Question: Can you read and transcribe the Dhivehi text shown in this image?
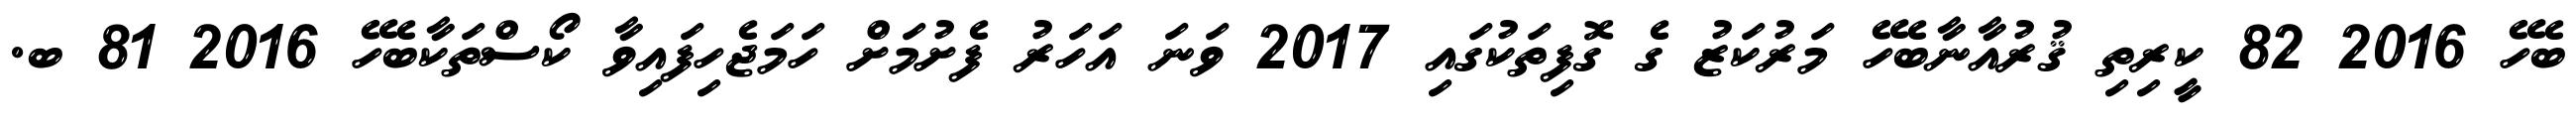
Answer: ބެހޭ 2016 82 ކީރިތި ޤުރުއާނާބެހޭ މަރުކަޒު ގެ ގޮފިތަކުގައި 2017 ވަނަ އަހަރު ފެށުމަށް ހަމަޖެހިފައިވާ ކޯސްތަކާބެހޭ 2016 81 ބ.